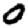
Digit: 0